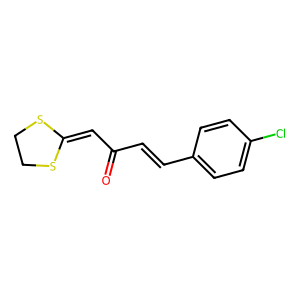
SMILES: O=C(C=Cc1ccc(Cl)cc1)C=C1SCCS1
Inhibits HIV replication: No